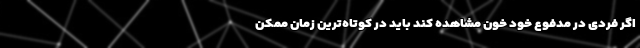
اگر فردی در مدفوع خود خون مشاهده کند باید در کوتاه‌ترین زمان ممکن